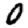
Digit: 0